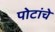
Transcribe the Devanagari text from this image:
पोटांचे